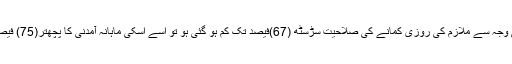
سوشل سیکیورٹی کے قانون کے مطابق اگر حادثہ کی وجہ سے ملازم کی روزی کمانے کی صلاحیت سڑسٹھ (67)فیصد تک کم ہو گئی ہو تو اسے اسکی ماہانہ آمدنی کا پچھتر(75) فیصد اداکیا جائے گا (پنجاب میں یہ شرح سو فیصد ہے) ۔